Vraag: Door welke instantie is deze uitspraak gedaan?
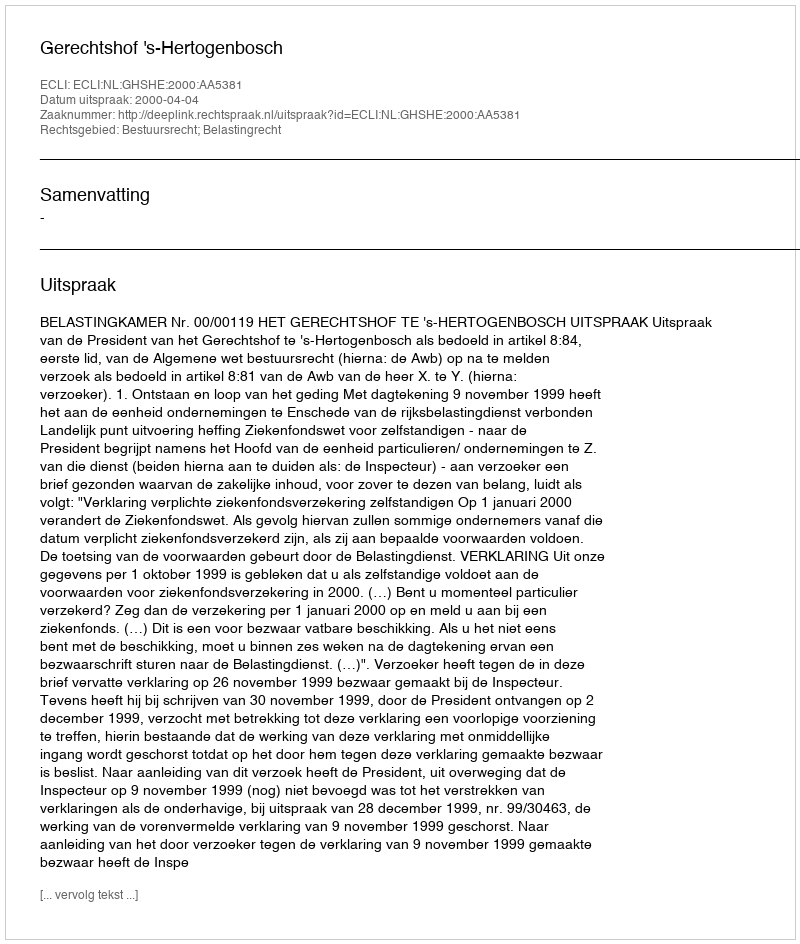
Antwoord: Gerechtshof 's-Hertogenbosch